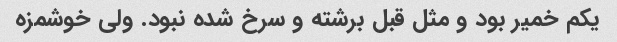
یکم خمیر بود و مثل قبل برشته و سرخ شده نبود. ولی خوشمزه